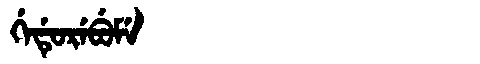
Manchu: ᡤᡝᡩᡠᡵᡝᠪᡠᠮᡝ
Romanization: GEDUREBUME